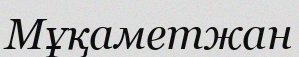
Мұқаметжан